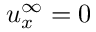
u _ { x } ^ { \infty } = 0